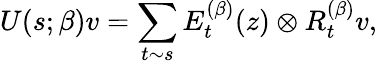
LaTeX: U(s;\beta)v=\sum_{t\sim s}E_{t}^{(\beta)}(z)\otimes R_{t}^{(\beta)}v,